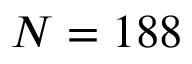
N = 1 8 8